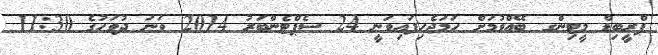
ޕްރީބިޑް މީޓިންގ ބޭއްވުމަށް ހަމަޖެހިފައިވަނީ 24 ސެޕްޓެންބަރު 2014 ވަނަ ދުވަހުގެ 11:30